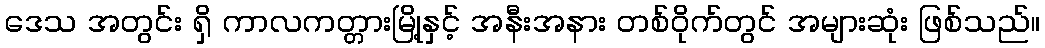
ဒေသ အတွင်း ရှိ ကာလကတ္တားမြို့နှင့် အနီးအနား တစ်ဝိုက်တွင် အများဆုံး ဖြစ်သည်။